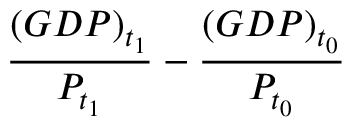
{ \frac { ( G D P ) _ { t _ { 1 } } } { P _ { t _ { 1 } } } } - { \frac { ( G D P ) _ { t _ { 0 } } } { P _ { t _ { 0 } } } }